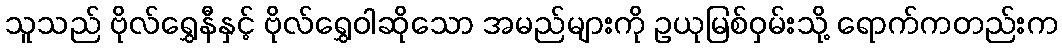
သူသည် ဗိုလ်ရွှေနီနှင့် ဗိုလ်ရွှေဝါဆိုသော အမည်များကို ဥယုမြစ်ဝှမ်းသို့ ရောက်ကတည်းက